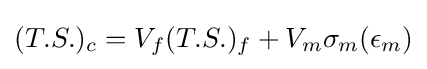
(T.S.)_{c}=V_{f}(T.S.)_{f}+V_{m}\sigma _{m}(\epsilon _{m})